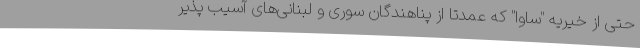
حتی از خیریه "ساوا" که عمدتا از پناهندگان سوری و لبنانی‌های آسیب پذیر